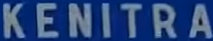
KENITRA